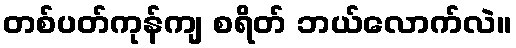
တစ်ပတ်ကုန်ကျ စရိတ် ဘယ်လောက်လဲ။